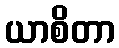
ယာစိတာ